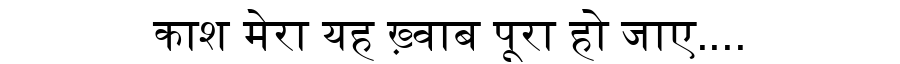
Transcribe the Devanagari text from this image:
काश मेरा यह ख़्वाब पूरा हो जाए....